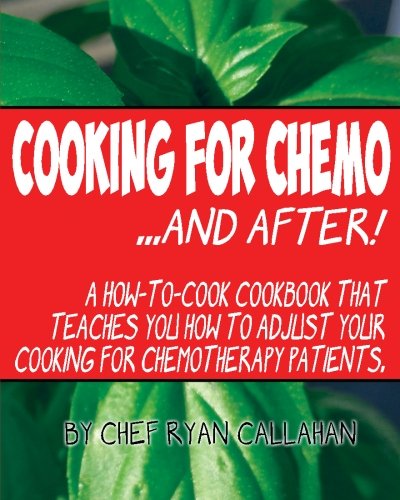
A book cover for Cooking for Chemo ...and After!: A how-to-cook cookbook that teaches you how to adjust your cooking for chemotherapy patients; Chef Ryan Callahan; Cookbooks, Food & Wine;